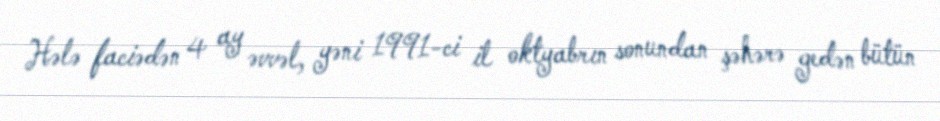
Hələ faciədən 4 ay əvvəl, yəni 1991-ci il oktyabrın sonundan şəhərə gedən bütün